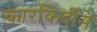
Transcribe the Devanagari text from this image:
कारकिर्दीने